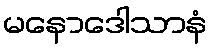
မနောဒေါသာနံ